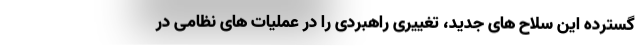
گسترده این سلاح های جدید، تغییری راهبردی را در عملیات های نظامی در